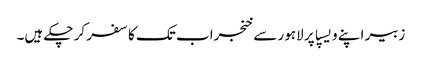
زبیر اپنے ویسپا پر لاہور سے خنجراب تک کا سفر کر چکے ہیں۔